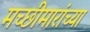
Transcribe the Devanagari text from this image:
मच्छीमारांच्या